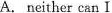
A. neither can I